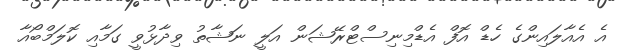
އެ އެއާލައިންގެ ހެޑް އޮފް އެޑްމިނިސްޓްރޭޝަން އަލީ ނަޝާތު ވިދާޅުވީ ގަމާއި ކޮލަމްބޯއާ